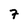
Character: 7